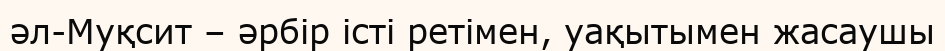
әл-Муқсит – әрбір істі ретімен, уақытымен жасаушы